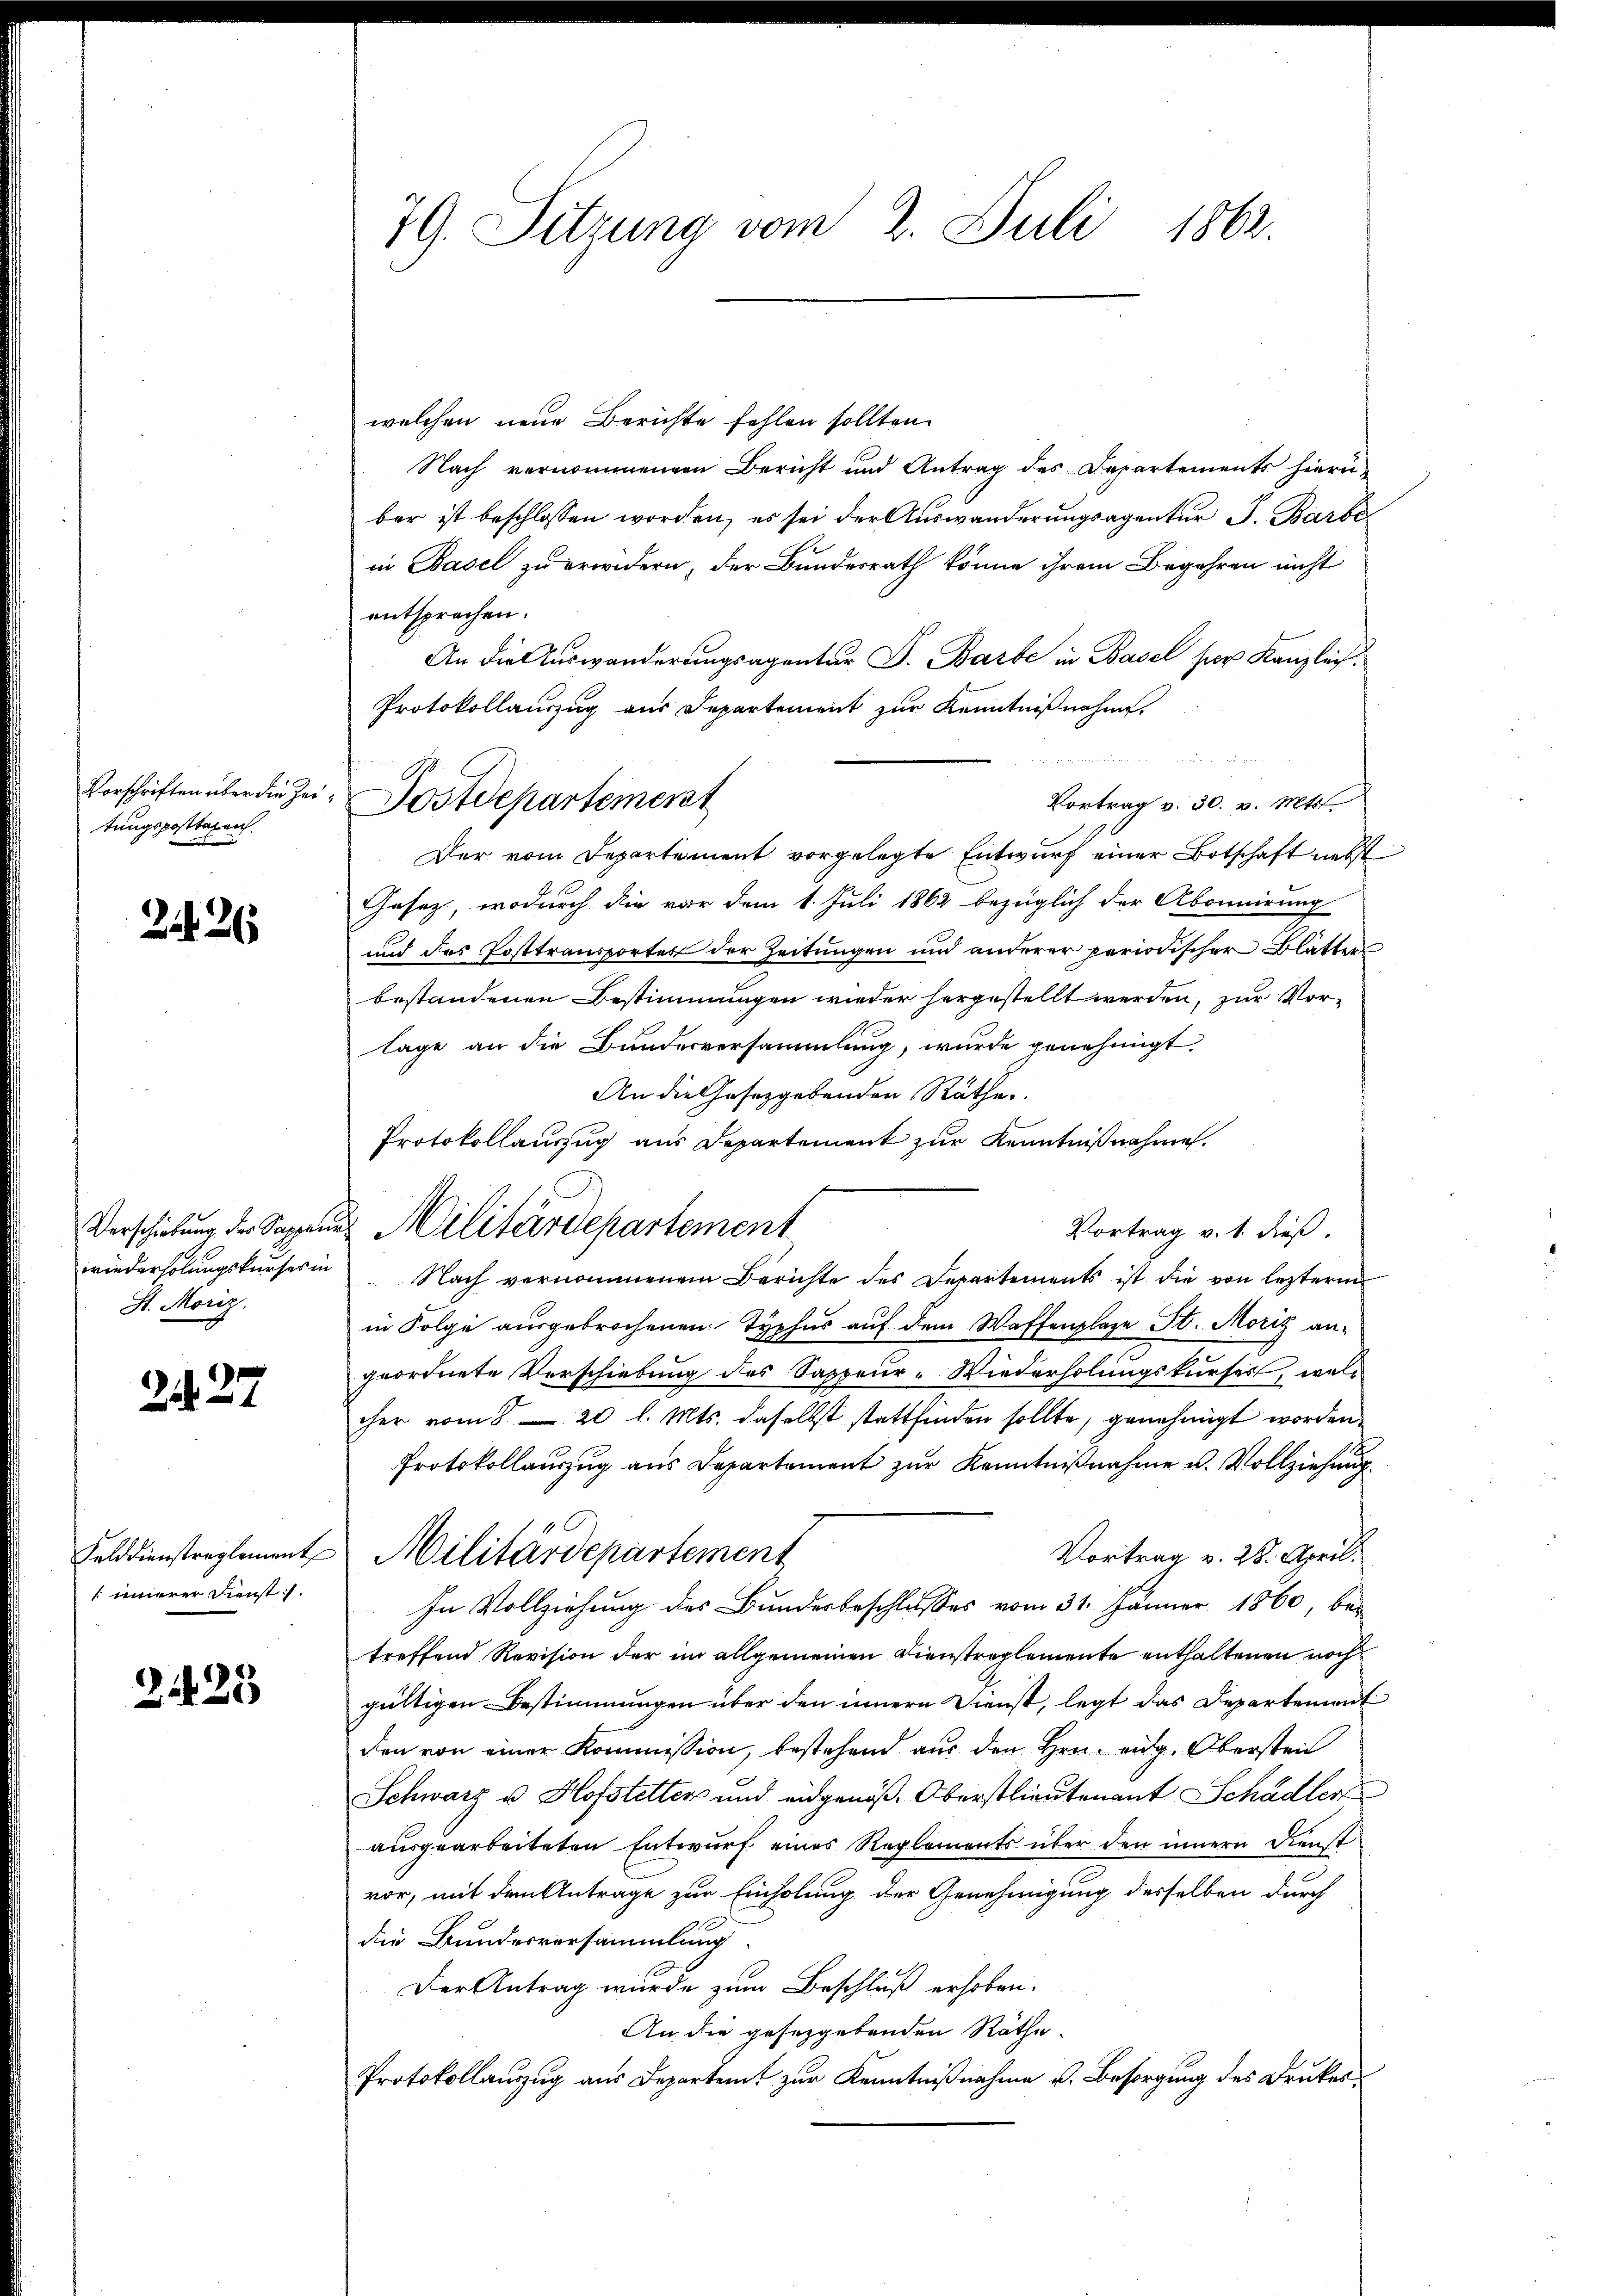
Vorschriften über die Zei
tungsposttagen.

2126

Verschiebung der Sappeur
wiederholungskurses in
St. Moriz.

227

Felddienstreglement
innerer Dienst.

2425

79. Sitzung vom 2. Juli 1862.

welchen neue Berichte fehlen sollten.
Nach vernommenern Bericht und Antrag des Departements hierü-
ber ist beschlossen worden, es sei der Auswanderungsagentur J. Barbe
in Basel zu erwidern, der Bundesrath könne ihrem Begehren nicht
entsprochen.
An die Auswanderungsagentur J. Barbe in Basel ser Kanzlei.
Protokollauszug aus Departement zur Kenntnißnahme.
Vortrag v. 30. v. Mts.
Der vom Departement vorgelegte Entwurf einer Botschaft nebst
Gesetz, wodurch die vor dem 1. Juli 1862 bezüglich der Abonnirung
und das Posttransportet der Zeitungen und anderer periodischer Blätter
bestandenen Bestimmungen wieder hergestellt werden, zur Vor-
lage an die Bundesversammlung, wurde genehmigt.
An die Gesetzgebenden Räthe
Protokollauszug aus Departement zur Kenntnißnahme.
 Militärdepartement
Vortrag v. 1. dieß.
Nach vernommenem Berichte des Departements ist die von lezterm
in Folge ausgebrochenen Typhur auf dem Waffenplaze St. Moriz angeordnete Verschiebung des Sappeur-Wiederholungskurses, welc
cher vom 8 20 l. Mts. daselbst stattfinden sollte, genehmigt worden,
Protokollauszug aus Departement zur Kenntnißnahme u. Vollziehung
Vortrag v. 28. April.
Militärdepartement
In Vollziehung des Bundesbeschlusses vom 31. Jänner 1860, betreffend Revision der im allgemeinen Dienstreglemente enthaltenen noch
gültigen Bestimmungen über den innern Dienst, legt das Departement
den von einer Kommission, bestehend aus den Hrn. eidg. Obersten
Schwarz u. Hofstetten und eidgenöß. Oberstlieutenant Schädler
ausgearbeiteten Entwurf eines Reglements über den innern Dienst
vor, mit dem Antrage zur Einholung der Genehmigung derselben durch
die Bundesversammlung.
Der Antrag wurde zum Beschluß erhoben.
An die gesetzgebenden Räthe.
Protokollauszug aus Departent zur Kenntnißnahme u. Besorgung des Drukes¬

Postdepartement